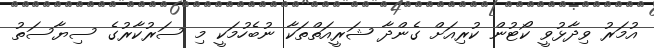
އުމަރު ވިދާޅުވީ ކޯޓުން ކުރިއަށް ގެންދާ ޝަރީއަތްތަކާ ނުބެހުމަކީ މި ސަރުކާރުގެ ސިޔާސަތު